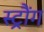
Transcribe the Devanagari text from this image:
स्ट्रौंग